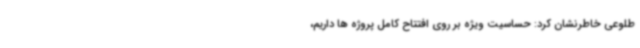
طلوعی خاطرنشان کرد: حساسیت ویژه بر روی افتتاح کامل پروژه ها داریم،